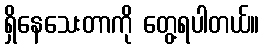
ရှိနေသေးတာကို တွေ့ရပါတယ်။